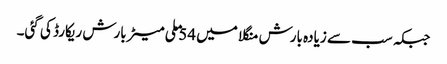
جبکہ سب سے زیادہ بارش منگلا میں 54 ملی میٹر بارش ریکارڈ کی گئی۔